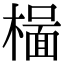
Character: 𬄥